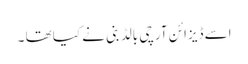
اسے ڈیزائن آرچی بالڈ بنی نے کیا تھا ۔